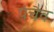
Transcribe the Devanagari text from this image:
पंचैव